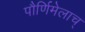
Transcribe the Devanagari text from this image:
पौर्णिमेलाच्